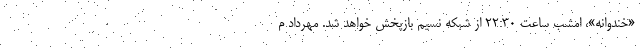
«خندوانه»، امشب ساعت ٢٢:٣٠ از شبکه نسیم بازپخش خواهد شد. مهرداد م